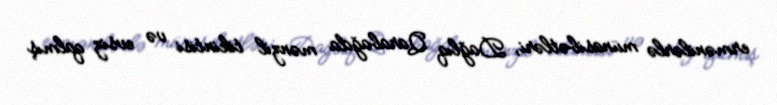
ermənilərlə münasibətləri, Dağlıq Qarabağda mənzil tikintisi və evsiz qalmış